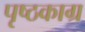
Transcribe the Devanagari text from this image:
पृष्ठकाग्र